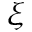
\xi